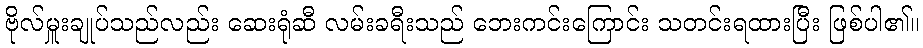
ဗိုလ်မှူးချုပ်သည်လည်း ဆေးရုံဆီ လမ်းခရီးသည် ဘေးကင်းကြောင်း သတင်းရထားပြီး ဖြစ်ပါ၏။